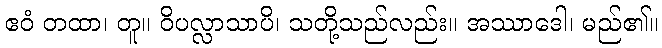
ဧဝံ တထာ၊ တူ။ ဝိပလ္လာသာပိ၊ သတို့သည်လည်း။ အဿာဒေါ၊ မည်၏။